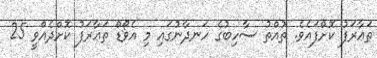
ތަޢާރަފު ކޮށްފައެވެ. ތުއްތު ސާހިބުގެ ހަނދާނުގައި މި އެވޯޑް ތަޢާރަފު ކޮށްދެއްވީ 25